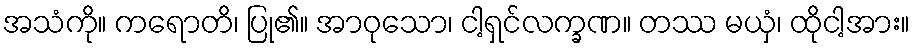
အသံကို။ ကရောတိ၊ ပြု၏။ အာဝုသော၊ ငါ့ရှင်လက္ခဏ။ တဿ မယှံ၊ ထိုငါ့အား။